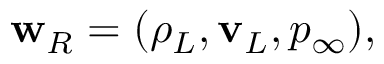
\begin{array} { r } { { \bf w } _ { R } = ( \rho _ { L } , { \bf v } _ { L } , p _ { \infty } ) , } \end{array}